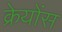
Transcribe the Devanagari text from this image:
क्रेयोंस